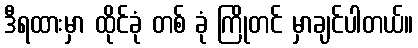
ဒီရထားမှာ ထိုင်ခုံ တစ် ခုံ ကြိုတင် မှာချင်ပါတယ်။